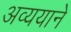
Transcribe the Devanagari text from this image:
अव्ययाने